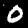
Digit: 0